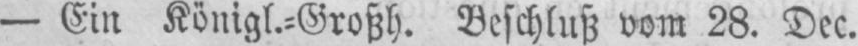
- Ein Königl.⸗Großh. Beschluß vom 28. Dec.